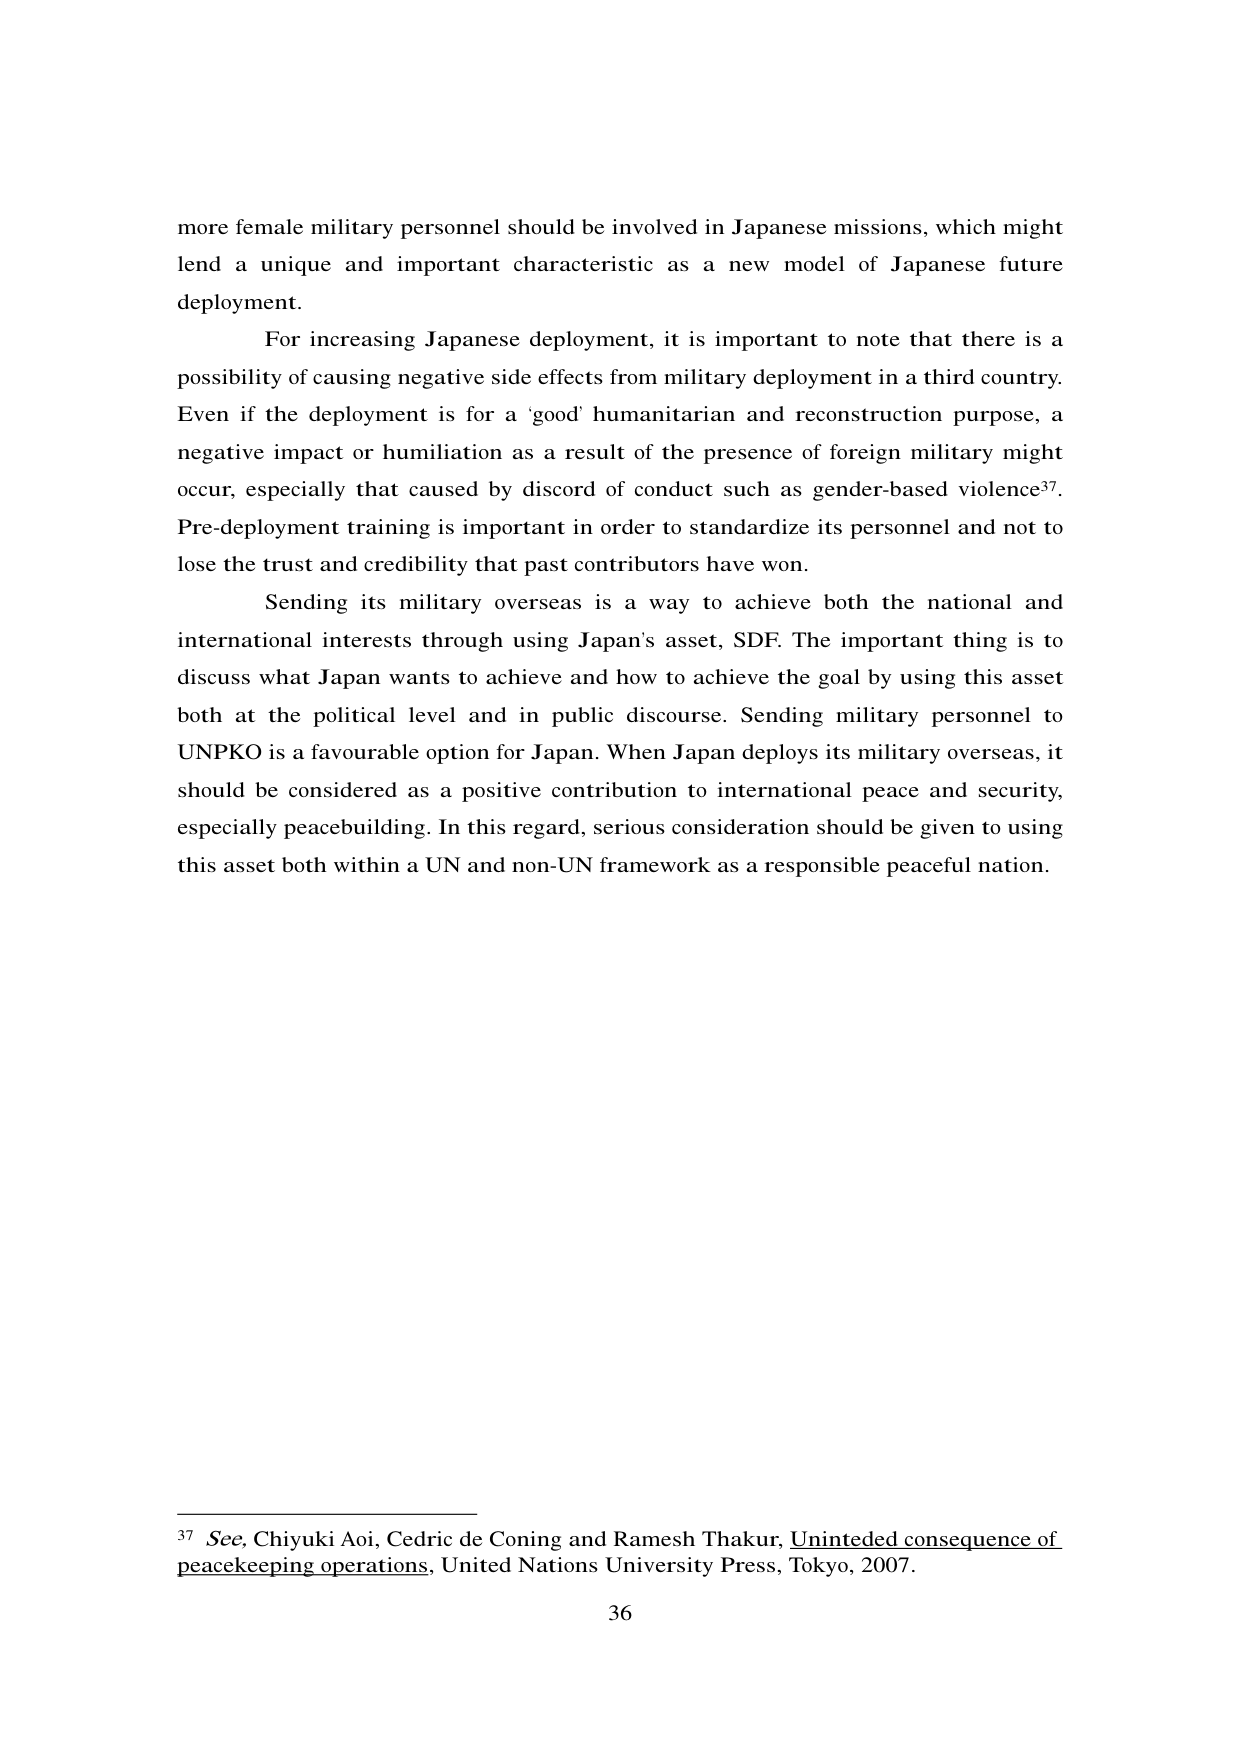
more female military personnel should be involved in Japanese missions, which might lend a unique and important characteristic as a new model of Japanese future deployment.

For increasing Japanese deployment, it is important to note that there is a possibility of causing negative side effects from military deployment in a third country. Even if the deployment is for a 'good' humanitarian and reconstruction purpose, a negative impact or humiliation as a result of the presence of foreign military might occur, especially that caused by discord of conduct such as gender-based violence³⁷. Pre-deployment training is important in order to standardize its personnel and not to lose the trust and credibility that past contributors have won.

Sending its military overseas is a way to achieve both the national and international interests through using Japan's asset, SDF. The important thing is to discuss what Japan wants to achieve and how to achieve the goal by using this asset both at the political level and in public discourse. Sending military personnel to UNPKO is a favourable option for Japan. When Japan deploys its military overseas, it should be considered as a positive contribution to international peace and security, especially peacebuilding. In this regard, serious consideration should be given to using this asset both within a UN and non-UN framework as a responsible peaceful nation.

³⁷ See, Chiyuki Aoi, Cedric de Coning and Ramesh Thakur, Unintended consequence of peacekeeping operations, United Nations University Press, Tokyo, 2007.

36